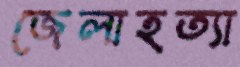
জেলাহত্যা